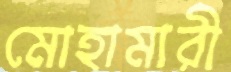
মোহামারী